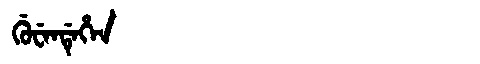
Manchu: ᡤᡠᠸᡝᠨᡩᡝᡥᡝᠨ
Romanization: GUWENDEHEN